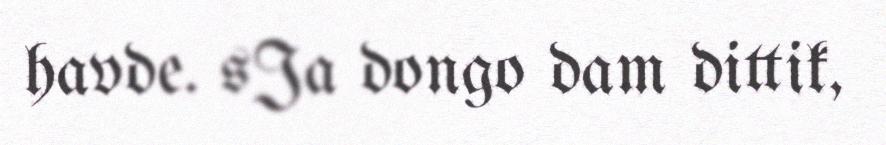
havde. sJa dongo dam dittik,